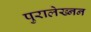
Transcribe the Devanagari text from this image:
पुरालेख्नन